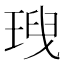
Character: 𤦥